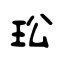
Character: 玜